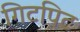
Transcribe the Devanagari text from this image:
गिटपिट